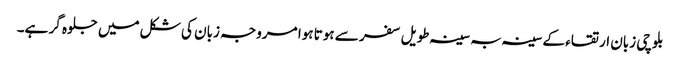
بلوچی زبان ارتقاء کے سینہ بہ سینہ طویل سفر سے ہوتا ہوا مروجہ زبان کی شکل میں جلوہ گر ہے۔